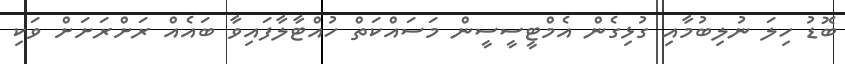
ބޮޑު ހިލަ ނުލިބުމާއި ގުޅިގެން އެމްޓީސީސީން މަސައްކަތް ހުއްޓާލާފައިވާ ބައެއް ރަށްރަށަށް ވަކި